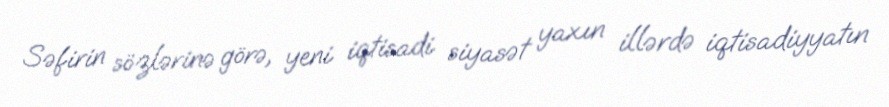
Səfirin sözlərinə görə, yeni iqtisadi siyasət yaxın illərdə iqtisadiyyatın